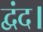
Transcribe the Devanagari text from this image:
द्वंद।